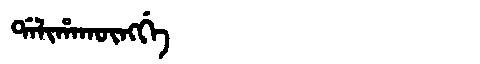
Manchu: ᡩᠠᠯᡳᡥᠠᡴᡡᠩᡤᡝ
Romanization: DALIHAKŪNGGE